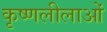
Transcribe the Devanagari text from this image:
कृष्णलीलाओं